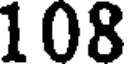
108